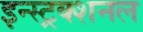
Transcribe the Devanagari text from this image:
इन्स्ट्रक्शनल